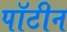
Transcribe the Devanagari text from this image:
पॉटीन